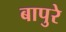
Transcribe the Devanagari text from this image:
बापुरे